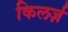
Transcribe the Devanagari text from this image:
किलर्ज़